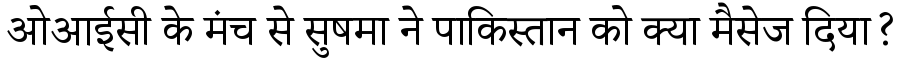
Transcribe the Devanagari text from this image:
ओआईसी के मंच से सुषमा ने पाकिस्तान को क्या मैसेज दिया?